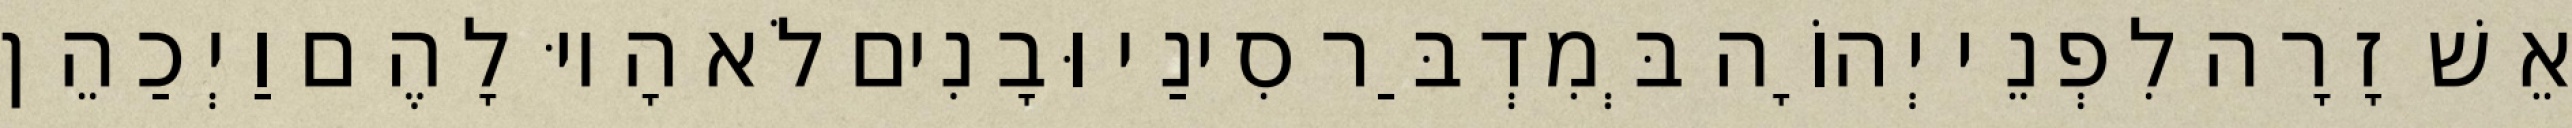
אֵשׁ זָרָה לִפְנֵי יְהוָֹה בְּמִדְבַּר סִינַי וּבָנִים לֹא הָיוּ לָהֶם וַיְכַהֵן